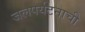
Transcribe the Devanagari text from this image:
जलपर्यटनाची